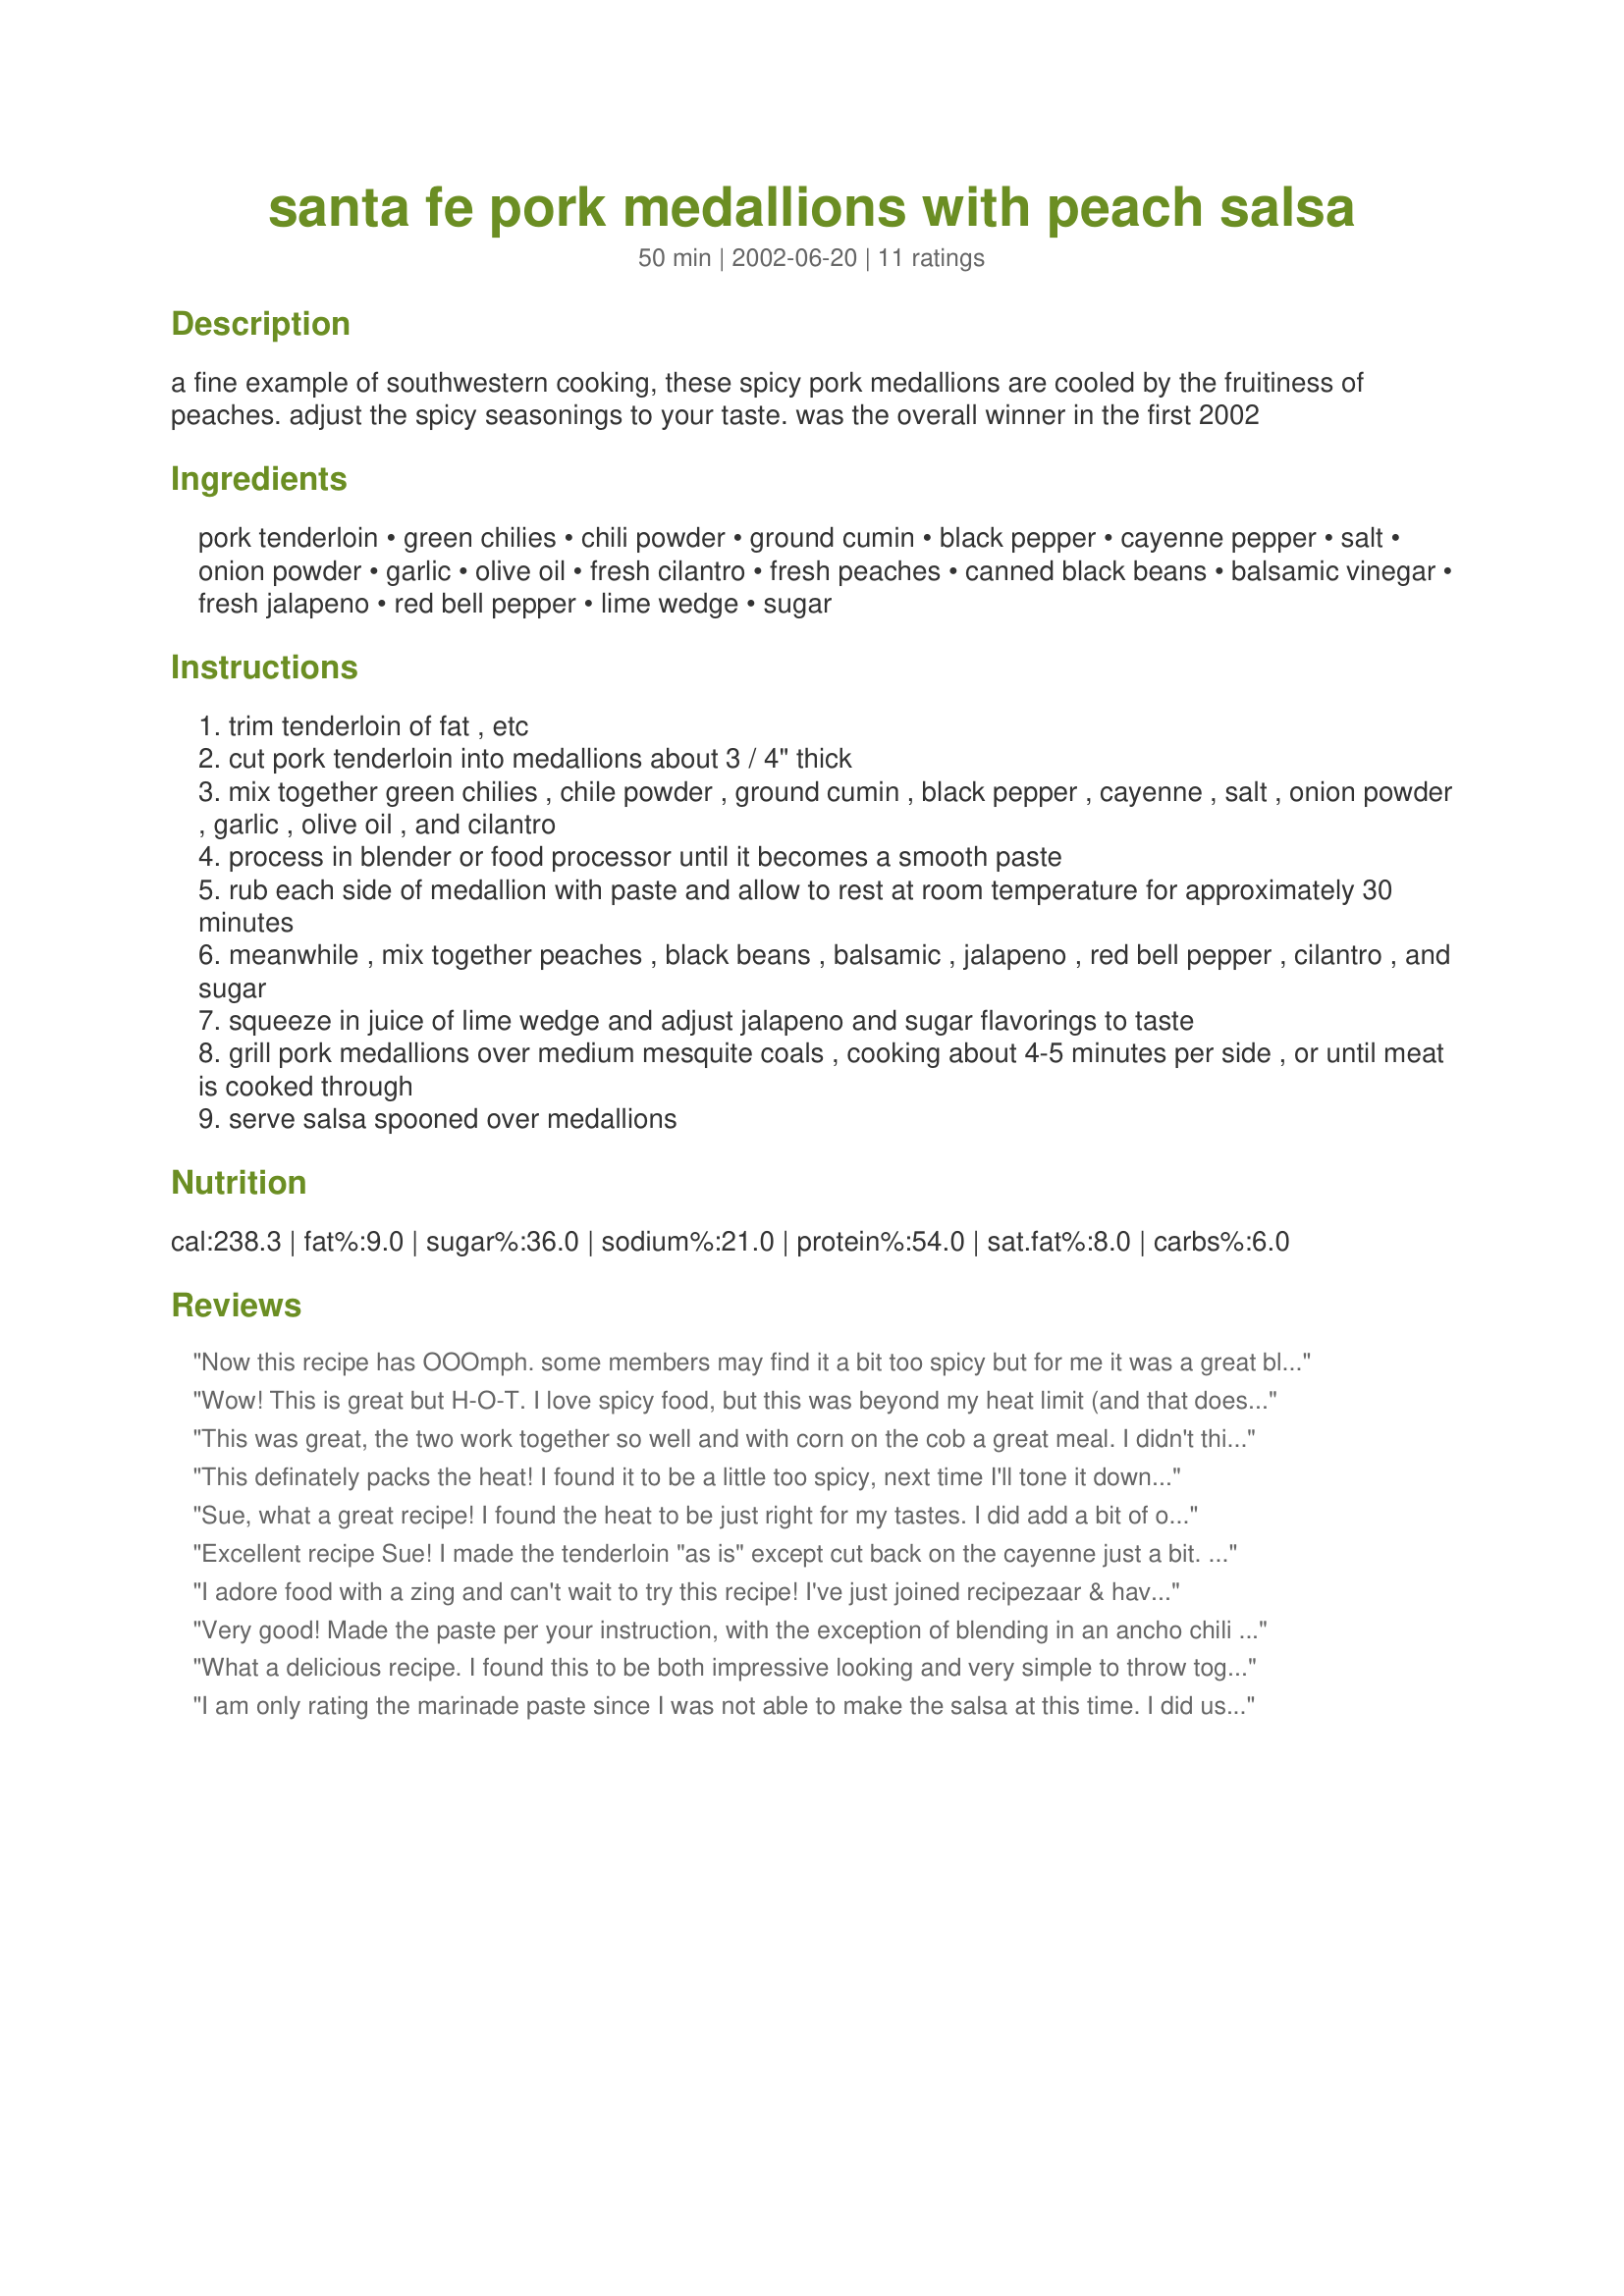
santa fe pork medallions with peach salsa
Preparation time: 50 minutes

a fine example of southwestern cooking, these spicy pork medallions are cooled by the fruitiness
of peaches. adjust the spicy seasonings to your taste. was the overall winner in the first 2002

Ingredients:
pork tenderloin, green chilies, chili powder, ground cumin, black pepper, cayenne pepper, salt, onion powder, garlic, olive oil, fresh cilantro, fresh peaches, canned black beans, balsamic vinegar, fresh jalapeno, red bell pepper, lime wedge, sugar

Steps:
trim tenderloin of fat , etc
cut pork tenderloin into medallions about 3 / 4" thick
mix together green chilies , chile powder , ground cumin , black pepper , cayenne , salt , onion powder , garlic , olive oil , and cilantro
process in blender or food processor until it becomes a smooth paste
rub each side of medallion with paste and allow to rest at room temperature for approximately 30 minutes
meanwhile , mix together peaches , black beans , balsamic , jalapeno , red bell pepper , cilantro , and sugar
squeeze in juice of lime wedge and adjust jalapeno and sugar flavorings to taste
grill pork medallions over medium mesquite coals , cooking about 4-5 minutes per side , or until meat is cooked through
serve salsa spooned over medallions

Reviews:
Now this recipe has OOOmph. some members may find it a bit too spicy but for me it was a great blend of flavor & hotness. The salsa is an added bonus that I will use with other recipes (Ihave a bit leftover and may put it on my Sat. Hamburger), The touch of red bell pepper gives nice color contrast. Be sure to rinse the black beans as it says in the recipe or you may muddy the color contrast in the salsa. The salsa has a subtle almost but not quite sweet & sour taste. I BBQ'd on a gas grill and the pork medallions were perfect. Thanks SueL and good luck in the contest
Wow! This is great but H-O-T. I love spicy food, but this was beyond my heat limit (and that doesn&#039;t happen often!) Nothing a little sour cream couldn&#039;t fix, though. If you don&#039;t want to prepare any side dishes, double or triple the salsa part of the recipe. In fact, I doubled the amount of peaches called for, since we had so many on hand. We also cooked the pork in the oven, as it is 100+ degrees outside today. We rubbed the pork with spices as directed, then put on a roasting pan for 15 min at 350 degrees. Will definitely make again! Thanks, Sue Lau
This was great, the two work together so well and with corn on the cob a great meal. I didn't think it was too hot was cooked though, the salsa cools it off.
For the paste though, I doubled the amount of cilantro, added the juice of one lime, and about 2-3 tablespoons of white wine to thin it out a bit and to disperse the heat.
The salsa can handle about a half of a red pepper too.
This definately packs the heat! I found it to be a little too spicy, next time I'll tone it down a bit! It certainly is a unique recipe, and the pork itself came out moist and tender! The peaches in the salsa added a welcome sweet flavor.
I'll definately make this again, a milder version!
Sue, what a great recipe! I found the heat to be just right for my tastes. I did add a bit of onion to the paste and ended up doing the meat in the crock pot instead of the grill. The cilantro and chilies flavored the pork so nicely! Next time I will do it on the grill with a thicker cut of chop. The peach salsa is what makes the dish! I was a bit leary of combining peaches and cilantro, but the combination is superb! Next time I will make a double batch of salsa (I was eating it alone even!) I will definately make this again! Thank you for a fantastic recipe! -CG
Excellent recipe Sue! I made the tenderloin "as is" except cut back on the cayenne just a bit. I used 1 1/2 tenderloins and the marinade seemed to be enough for that much meat. We grilled the whole pieces and then sliced into medallion and topped with the salsa. Very good - great combo of spice and sweet.
I adore food with a zing and can't wait to try this recipe! I've just joined recipezaar & have enjoyed the contest entries. Great job everyone!
Very good! Made the paste per your instruction, with the exception of blending in an ancho chili and corriander seed. Instead of cutting into medallions I smoked the whole tenderloin in my stove-top smoker. For our taste we prefer a little more spice so next time will add chipotle chili. Did not make the salsa this time. Made for ZWT5 Mexico. Thanks Sue for sharing!
What a delicious recipe. I found this to be both impressive looking and very simple to throw together. The fruity salsa is really a nice blend of flavors. Since it is winter here, I broiled the meat for 8 minutes.
I am only rating the marinade paste since I was not able to make the salsa at this time. I did use less pepper and cayenne so it wouldn't be too spicy, so it was fine for us in that respect. I like that this uses canned chillies, but I think I should have at least halved the cumin, it was a little overpowering.
I absolutely loved this recipe. It was easy to make and tasted great. I did omit the cayenne pepper and the jalapeno pepper and reduced the amount of black pepper so that it wouldn't be too spicy. I also forgot to add the vinegar to the salsa but it tasted great anyway. I broiled the pork 8-10 minutes since our barbecue is buried in snowand that worked out fine. Thank you for a great recipe. This is going into my favourites pile.
